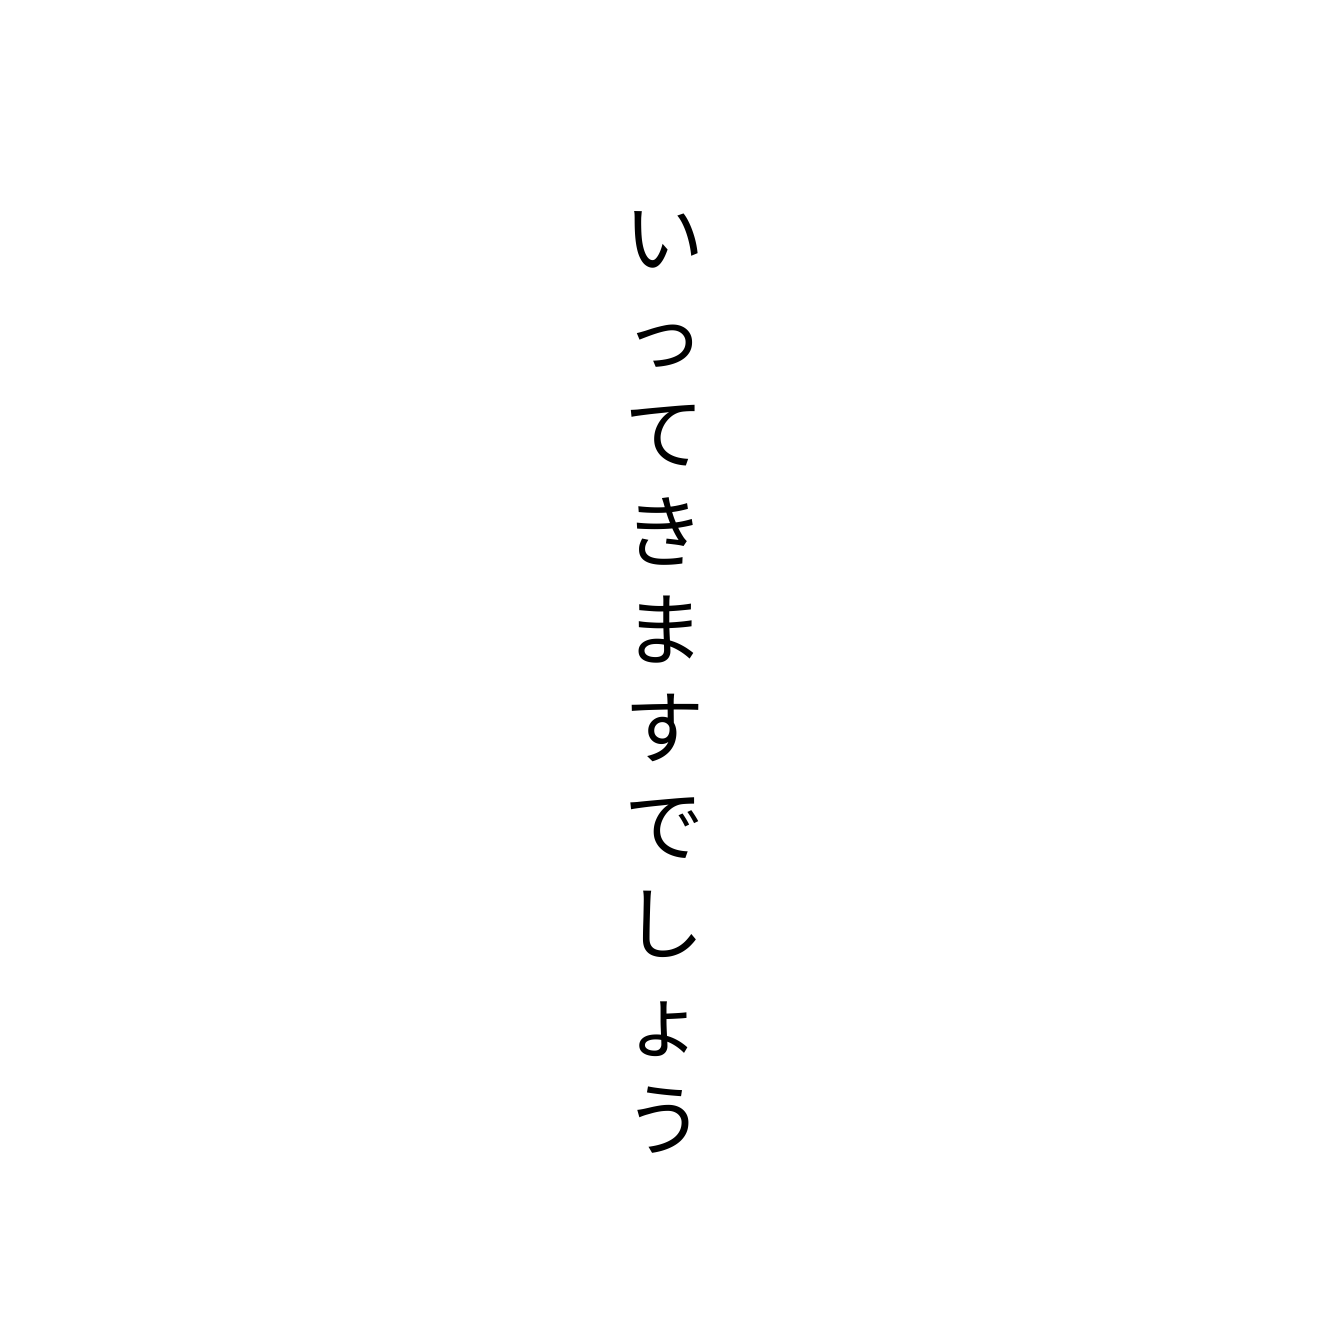
いってきますでしょう